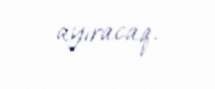
ayıracaq.